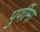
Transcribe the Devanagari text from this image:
पुर्णीमा